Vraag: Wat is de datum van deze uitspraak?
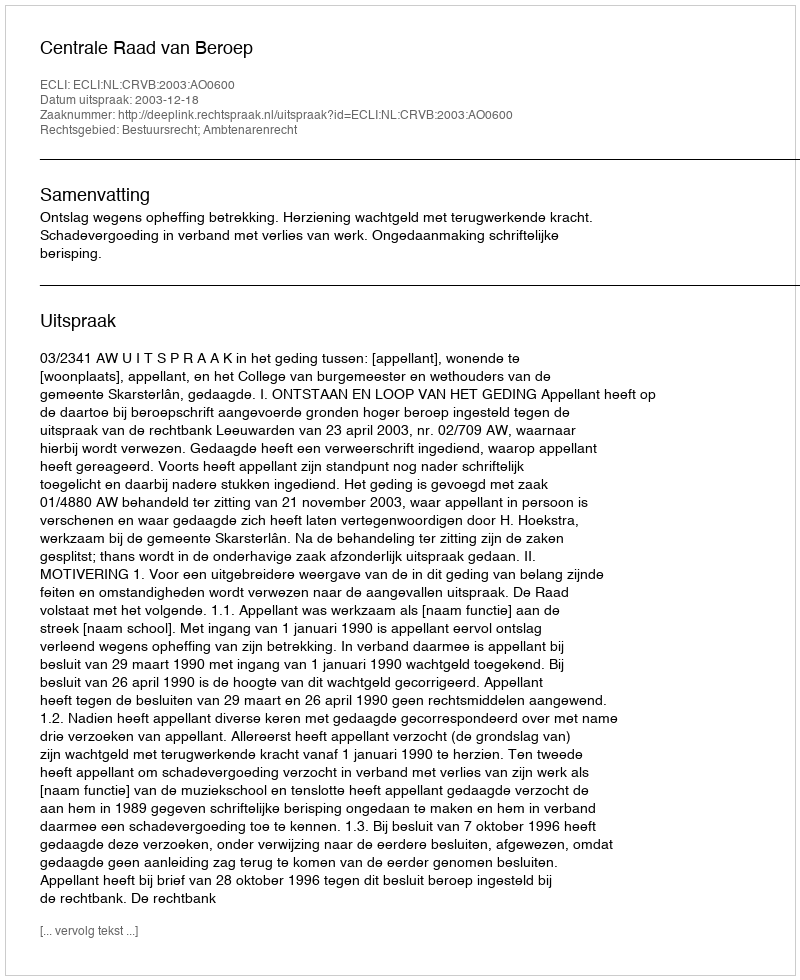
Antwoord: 2003-12-18